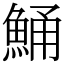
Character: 鯒